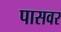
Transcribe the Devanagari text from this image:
पासवर